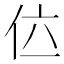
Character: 𠇸